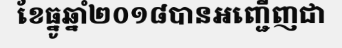
ខែធ្នូឆ្នាំ២០១៨បានអញ្ជើញជា